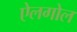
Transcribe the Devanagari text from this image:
ऐलगोल